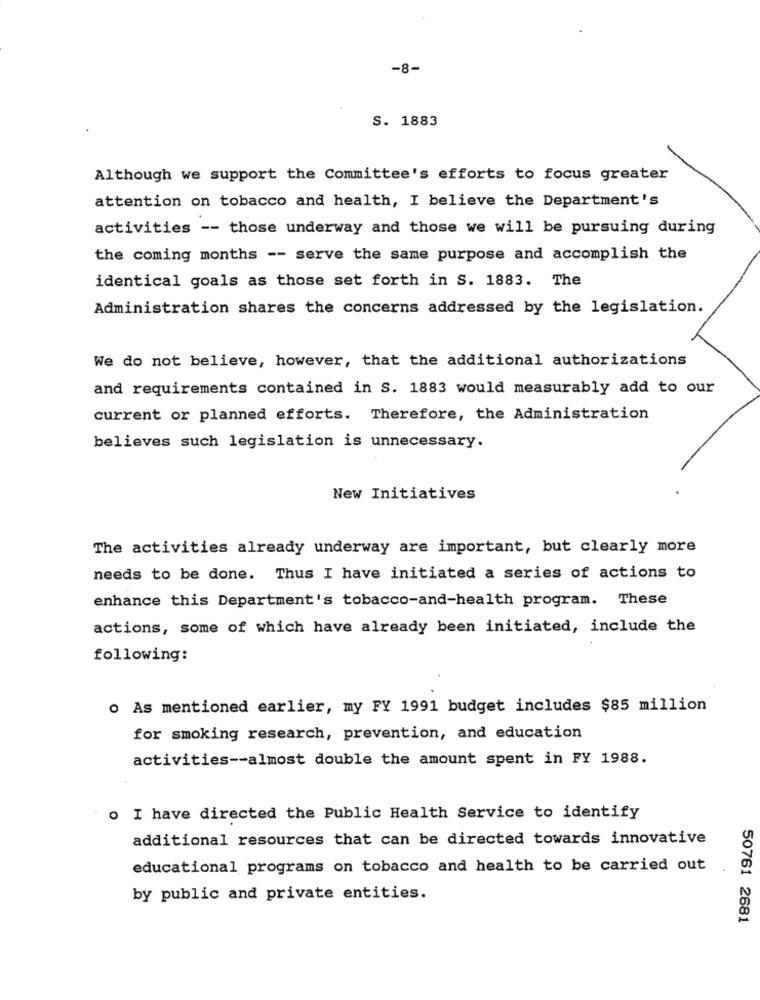
-8-
S. 1883
Although we support the Committee's efforts to focus greater
attention on tobacco and health, I believe the Department's
activities -- those underway and those we will be pursuing during
the coming months -- serve the same purpose and accomplish the
identical goals as those set forth in S. 1883. The
Administration shares the concerns addressed by the legislation.
We do not believe, however, that the additional authorizations
and requirements contained in S. 1883 would measurably add to our
current or planned efforts. Therefore, the Administration
believes such legislation is unnecessary.
New Initiatives
The activities already underway are important, but clearly more
needs to be done. Thus I have initiated a series of actions to
enhance this Department's tobacco-and-health program. These
actions, some of which have already been initiated, include the
following:
o As mentioned earlier, my FY 1991 budget includes $85 million
for smoking research, prevention, and education
activities -- almost double the amount spent in FY 1988.
. I have directed the Public Health Service to identify
additional resources that can be directed towards innovative
educational programs on tobacco and health to be carried out
by public and private entities.
50761 2681